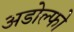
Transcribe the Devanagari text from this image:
अडोल्फो